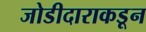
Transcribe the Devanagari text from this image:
जोडीदाराकडून